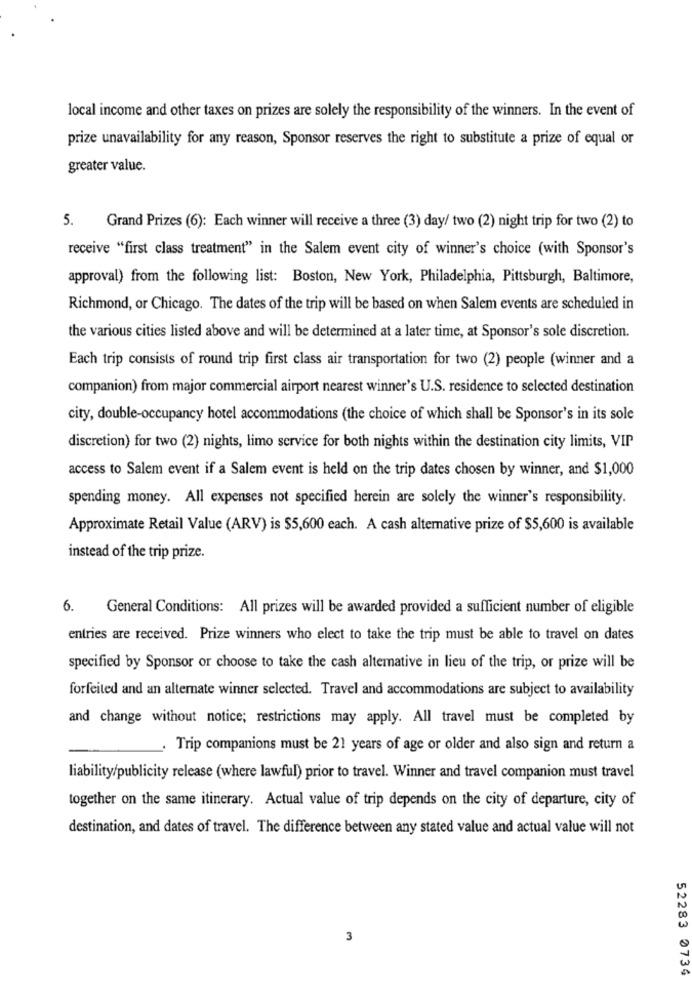
local income and other taxes on prizes are solely the responsibility of the winners. In the event of
prize unavailability for any reason, Sponsor reserves the right to substitute a prize of equal or
greater value.
5.
Grand Prizes (6): Each winner will receive a three (3) day/ two (2) night trip for two (2) to
receive "first class treatment" in the Salem event city of winner's choice (with Sponsor's
approval) from the following list: Boston, New York, Philadelphia, Pittsburgh, Baltimore,
Richmond, or Chicago. The dates of the trip will be based on when Salem events are scheduled in
the various cities listed above and will be determined at a later time, at Sponsor's sole discretion.
Each trip consists of round trip first class air transportation for two (2) people (winner and a
companion) from major commercial airport nearest winner's U.S. residence to selected destination
city, double-occupancy hotel accommodations (the choice of which shall be Sponsor's in its sole
discretion) for two (2) nights, limo service for both nights within the destination city limits, VIP
access to Salem event if a Salem event is held on the trip dates chosen by winner, and $1,000
spending money. All expenses not specified herein are solely the winner's responsibility.
Approximate Retail Value (ARV) is $5,600 each. A cash alternative prize of $5,600 is available
instead of the trip prize.
6.
General Conditions: All prizes will be awarded provided a sufficient number of eligible
entries are received. Prize winners who elect to take the trip must be able to travel on dates
specified by Sponsor or choose to take the cash altemative in lieu of the trip, or prize will be
forfeited and an alternate winner selected. Travel and accommodations are subject to availability
and change without notice; restrictions may apply. All travel must be completed by
Trip companions must be 21 years of age or older and also sign and return a
liability/publicity release (where lawful) prior to travel. Winner and travel companion must travel
together on the same itinerary. Actual value of trip depends on the city of departure, city of
destination, and dates of travel. The difference between any stated value and actual value will not
3
52283 0734